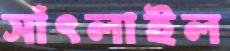
সাঁৎলাইল